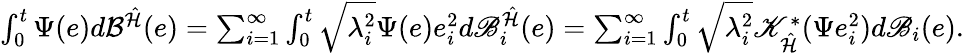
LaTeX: \begin{array}{r}{\int_{0}^{t}\Psi(e)d{\cal B}^{\hat{\cal H}}(e)=\sum_{i=1}^{\infty}\int_{0}^{t}\sqrt{\lambda_{i}^{2}}\Psi(e)e_{i}^{2}d\mathscr{B}_{i}^{\hat{\cal H}}(e)=\sum_{i=1}^{\infty}\int_{0}^{t}\sqrt{\lambda_{i}^{2}}\mathscr{K}_{\hat{\cal H}}^{*}(\Psi e_{i}^{2})d\mathscr{B}_{i}(e).}\end{array}